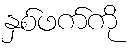
နှစ်ဖက်ကို